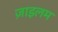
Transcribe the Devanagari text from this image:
ज़ाइलम